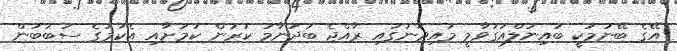
އޭގެ ބޭނުމަކީ ބައިނަލްއަގުވާމީ މައިދާނުގައި ރާއްޖެ ބަދުނާމު ކުރުން ކަމަށާއި އެކަމުގެ ސަބަބުން